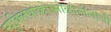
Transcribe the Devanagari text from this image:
न्यूक्लियोकोस्मोक्रोनोलोजी